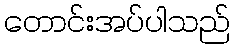
တောင်းအပ်ပါသည်